Epidemic dropsy in Calcutta - Number 45
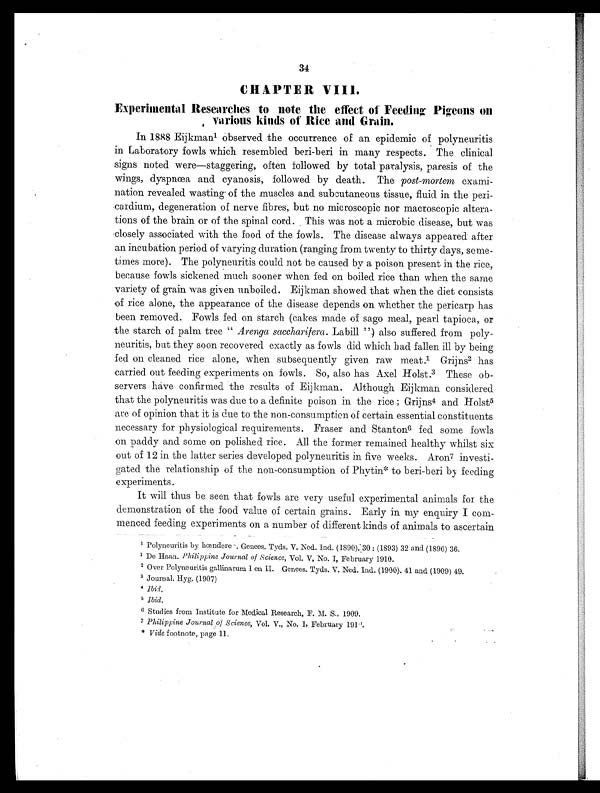
34
CHAPTER VIII.
Experimental Researches to note the effect of Feeding Pigeons on
various kinds of Rice and Grain.
In 1888 Eijkman1 observed the occurrence of an epidemic of polyneuritis
in Laboratory fowls which resembled beri-beri in many respects. The clinical
signs noted were—staggering, often followed by total paralysis, paresis of the
wings, dyspnœa and cyanosis, followed by death. The post-mortem exami-
nation revealed wasting of the muscles and subsutaneous tissue, fluid in the peri-
cardium, degeneration of nerve fibres, but no microscopic nor macroscopic altera-
tions of the brain or of the spinal cord. This was not a microbic disease, but was
closely associated with the food of the fowls. The disease always appeared after
an incubation period of varying duration (ranging from twenty to thirty days, some-
times more). The polyneuritis could not be caused by a poison present in the rice,
because fowls sickened much sooner when fed on boiled rice than when the same
variety of grain was given unboiled. Eijkman showed that when the diet consists
of rice alone, the appearance of the disease depends on whether the pericarp has
been removed. Fowls fed on starch (cakes made of sago meal, pearl tapioca, or
the starch of palm tree " Arenga saccharifera. Labill ") also suffered from poly-
neuritis, but they soon recovered exactly as fowls did which had fallen ill by being
fed on cleaned rice alone, when subsequently given raw meat.1 Grijns2 has
carried out feeding experiments on fowls. So, also has Axel Holst. 3 These ob-
servers have confirmed the results of Eijkman. Although Eijkman considered
that the polyneuritis was due to a definite poison in the rice ; Grijns 4 and Holst5
are of opinion that it is due to the non-consumption of certain essential constituents
necessary for physiological requirements. Fraser and Stanton 6 fed some fowls
on paddy and some on polished rice. All the former remained healthy whilst six
out of 12 in the latter series developed polyneuritis in five weeks. Aron7 investi-
gated the relationship of the non-consumption of Phytin* to beri-beri by feeding
experiments.
It will thus be seen that fowls are very useful experimental animals for the
demonstration of the food value of certain grains. Early in my enquiry I com-
menced feeding experiments on a number of different kinds of animals to ascertain
1 Polyneuritis by hœndere-. Genees. Tyds. V. Ned. Ind. (1890), 30: (1893) 32 and (1896) 36.
1 De Haan. Philippine Journal of Science, Vol. V, No. I, February 1910.
2 Over Polyneuritis gallinarum I en II. Genees. Tyds. V. Ned. Ind. (1900). 41 and (1909) 49.
3 Journal. Hyg. (1907)
4
I b i d .
5 Ibid.
6 Studies from Institute for Medical Research, F. M. S., 1909.
7 Philippine Journal of Science, Vol. V., No. 1, February 1910.
* Vide footnote, page 11.